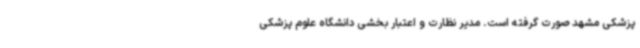
پزشکی مشهد صورت گرفته است. مدیر نظارت و اعتبار بخشی دانشگاه علوم پزشکی